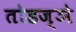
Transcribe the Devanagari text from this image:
तोडज्ञे